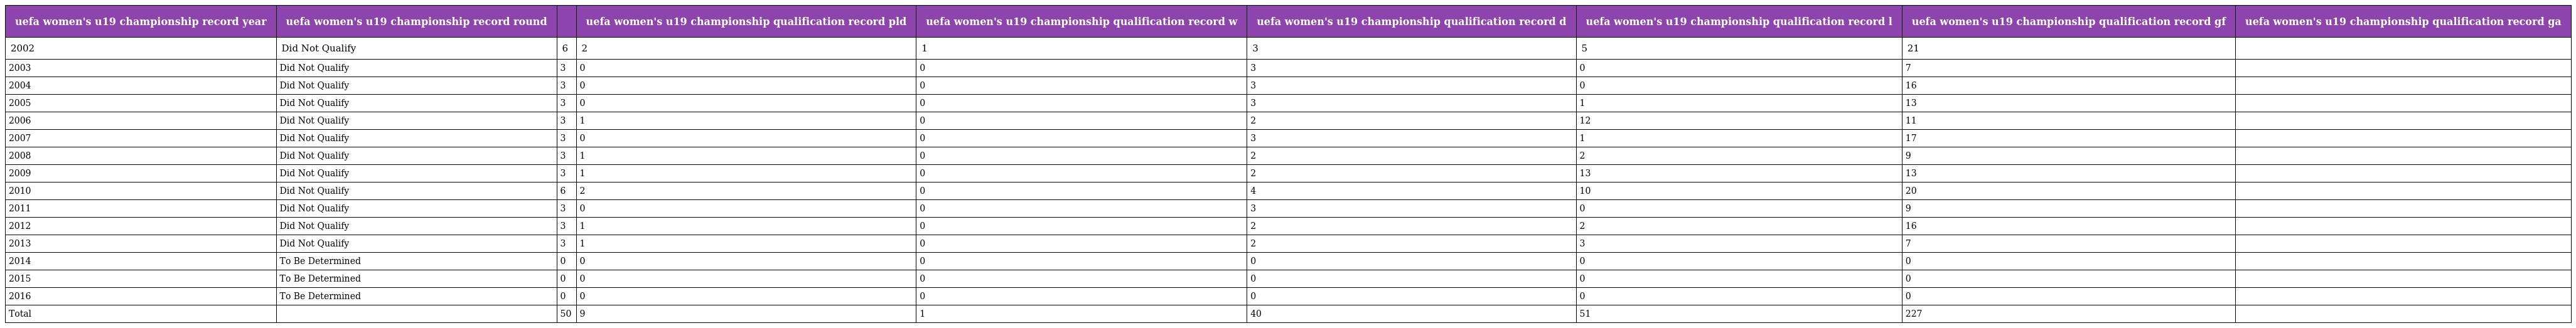
| uefa women's u19 championship record year | uefa women's u19 championship record round |  | uefa women's u19 championship qualification record pld | uefa women's u19 championship qualification record w | uefa women's u19 championship qualification record d | uefa women's u19 championship qualification record l | uefa women's u19 championship qualification record gf | uefa women's u19 championship qualification record ga |
 | --- | --- | --- | --- | --- | --- | --- | --- | --- |
 | 2002 | Did Not Qualify | 6 | 2 | 1 | 3 | 5 | 21 |  |
 | 2003 | Did Not Qualify | 3 | 0 | 0 | 3 | 0 | 7 |  |
 | 2004 | Did Not Qualify | 3 | 0 | 0 | 3 | 0 | 16 |  |
 | 2005 | Did Not Qualify | 3 | 0 | 0 | 3 | 1 | 13 |  |
 | 2006 | Did Not Qualify | 3 | 1 | 0 | 2 | 12 | 11 |  |
 | 2007 | Did Not Qualify | 3 | 0 | 0 | 3 | 1 | 17 |  |
 | 2008 | Did Not Qualify | 3 | 1 | 0 | 2 | 2 | 9 |  |
 | 2009 | Did Not Qualify | 3 | 1 | 0 | 2 | 13 | 13 |  |
 | 2010 | Did Not Qualify | 6 | 2 | 0 | 4 | 10 | 20 |  |
 | 2011 | Did Not Qualify | 3 | 0 | 0 | 3 | 0 | 9 |  |
 | 2012 | Did Not Qualify | 3 | 1 | 0 | 2 | 2 | 16 |  |
 | 2013 | Did Not Qualify | 3 | 1 | 0 | 2 | 3 | 7 |  |
 | 2014 | To Be Determined | 0 | 0 | 0 | 0 | 0 | 0 |  |
 | 2015 | To Be Determined | 0 | 0 | 0 | 0 | 0 | 0 |  |
 | 2016 | To Be Determined | 0 | 0 | 0 | 0 | 0 | 0 |  |
 | Total |  | 50 | 9 | 1 | 40 | 51 | 227 |  |